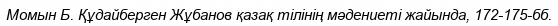
Момын Б. Құдайберген Жұбанов қазақ тілінің мәдениеті жайында, 172-175-бб.